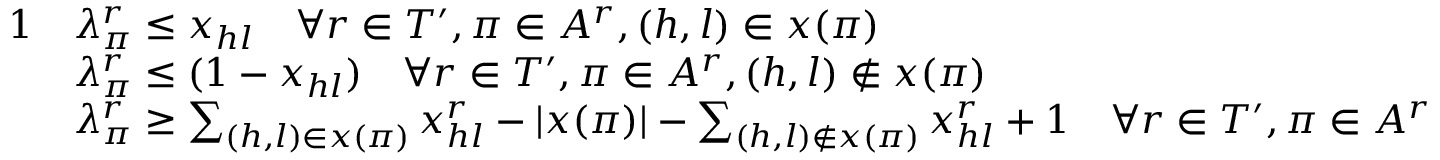
\begin{array} { r l } { { 1 } } & { \lambda _ { \pi } ^ { r } \leq x _ { h l } \quad \forall r \in T ^ { \prime } , \pi \in A ^ { r } , ( h , l ) \in x ( \pi ) } \\ & { \lambda _ { \pi } ^ { r } \leq ( 1 - x _ { h l } ) \quad \forall r \in T ^ { \prime } , \pi \in A ^ { r } , ( h , l ) \notin x ( \pi ) } \\ & { \lambda _ { \pi } ^ { r } \geq \sum _ { ( h , l ) \in x ( \pi ) } x _ { h l } ^ { r } - | x ( \pi ) | - \sum _ { ( h , l ) \notin x ( \pi ) } x _ { h l } ^ { r } + 1 \quad \forall r \in T ^ { \prime } , \pi \in A ^ { r } } \end{array}